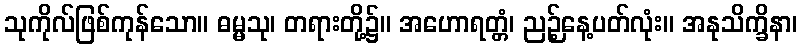
သုကိုလ်ဖြစ်ကုန်သော။ ဓမ္မသု၊ တရားတို့၌။ အဟောရတ္တံ၊ ညဉ့်နေ့ပတ်လုံး။ အနုသိက္ခိနာ၊